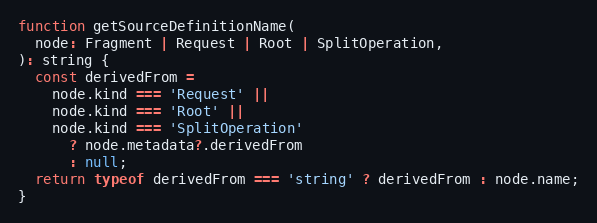
Language: JavaScript
function getSourceDefinitionName(
  node: Fragment | Request | Root | SplitOperation,
): string {
  const derivedFrom =
    node.kind === 'Request' ||
    node.kind === 'Root' ||
    node.kind === 'SplitOperation'
      ? node.metadata?.derivedFrom
      : null;
  return typeof derivedFrom === 'string' ? derivedFrom : node.name;
}